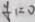
y _ { 1 } = 0